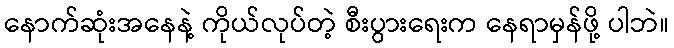
နောက်ဆုံးအနေနဲ့ ကိုယ်လုပ်တဲ့ စီးပွားရေးက နေရာမှန်ဖို့ ပါဘဲ။